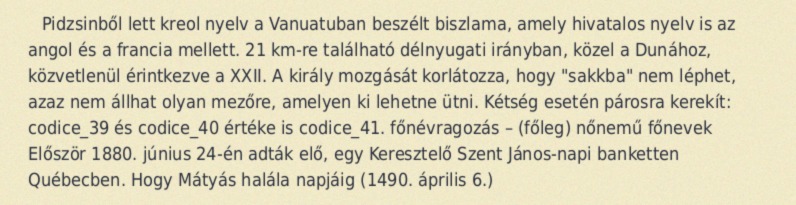
Pidzsinből lett kreol nyelv a Vanuatuban beszélt biszlama, amely hivatalos nyelv is az angol és a francia mellett. 21 km-re található délnyugati irányban, közel a Dunához, közvetlenül érintkezve a XXII. A király mozgását korlátozza, hogy "sakkba" nem léphet, azaz nem állhat olyan mezőre, amelyen ki lehetne ütni. Kétség esetén párosra kerekít: codice_39 és codice_40 értéke is codice_41. főnévragozás – (főleg) nőnemű főnevek Először 1880. június 24-én adták elő, egy Keresztelő Szent János-napi banketten Québecben. Hogy Mátyás halála napjáig (1490. április 6.)